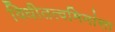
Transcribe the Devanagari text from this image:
विधीतत्वमिमांसा